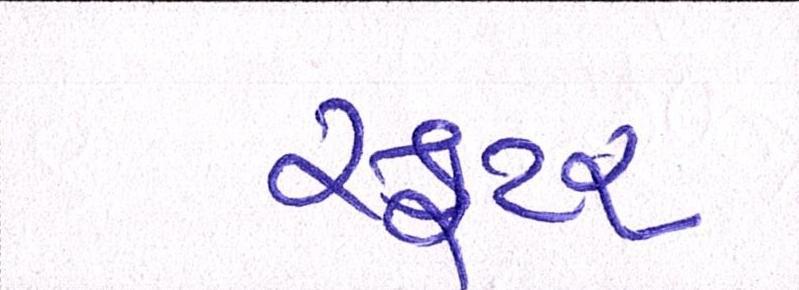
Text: સ્કુટર